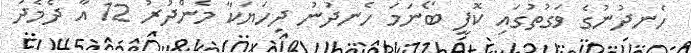
ހެނދުނުގެ ވަގުތުގައި ކޮފީ ބޯނަމަ ހެނދުނު ދިހަޔަކާ މެންދުރު 12 އާ ދެމެދު